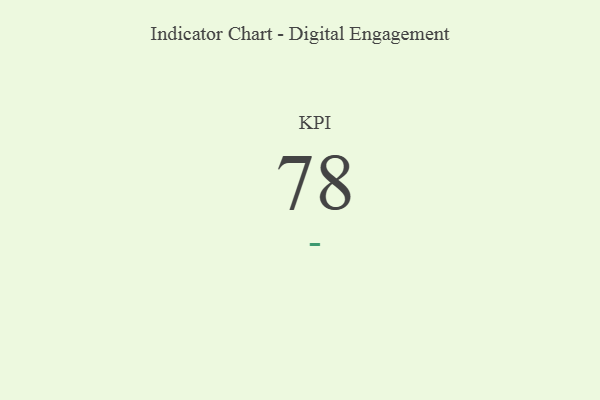
{"axis": {"x": "KPI", "y": "Value"}, "legend": [""], "data": [{"x": "KPI", "y": 78, "type": ""}]}